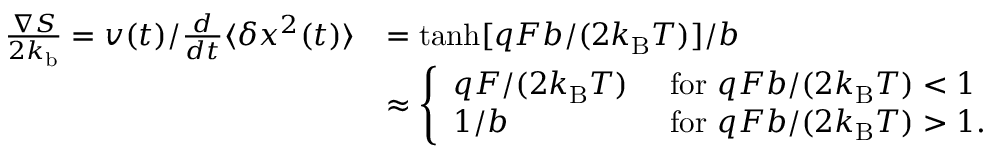
\begin{array} { r l } { \frac { \nabla S } { 2 k _ { \mathrm { b } } } = v ( t ) / \frac { d } { d t } \langle \delta x ^ { 2 } ( t ) \rangle } & { = \operatorname { t a n h } [ q F b / ( 2 k _ { \mathrm { B } } T ) ] / b } \\ & { \approx \left\{ \begin{array} { l l } { q F / ( 2 k _ { \mathrm { B } } T ) } & { \mathrm { ~ f o r ~ } q F b / ( 2 k _ { \mathrm { B } } T ) < 1 } \\ { \displaystyle 1 / b } & { \mathrm { ~ f o r ~ } q F b / ( 2 k _ { \mathrm { B } } T ) > 1 . } \end{array} \right. } \end{array}